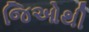
જિઓથી